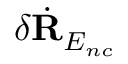
\delta \Dot { \mathbf { R } } _ { E _ { n c } }